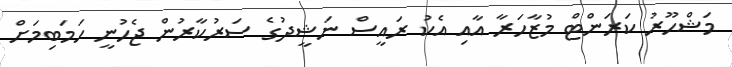
މަޝްހޫރު ކަރަންޓް މުޒާހަރާ އާއި އެކު ރައީސް ނަޝީދުގެ ސަރުކާރުން ޖެހުނީ ހަމަބިމަށް